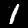
Label: 1